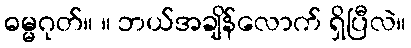
ဓမ္မဂုတ်။ ။ ဘယ်အချိန်လောက် ရှိပြီလဲ။